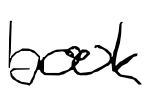
Text: book
Cross-out: clean
Writing tool: digital_black